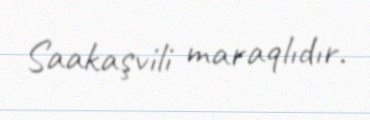
Saakaşvili maraqlıdır.